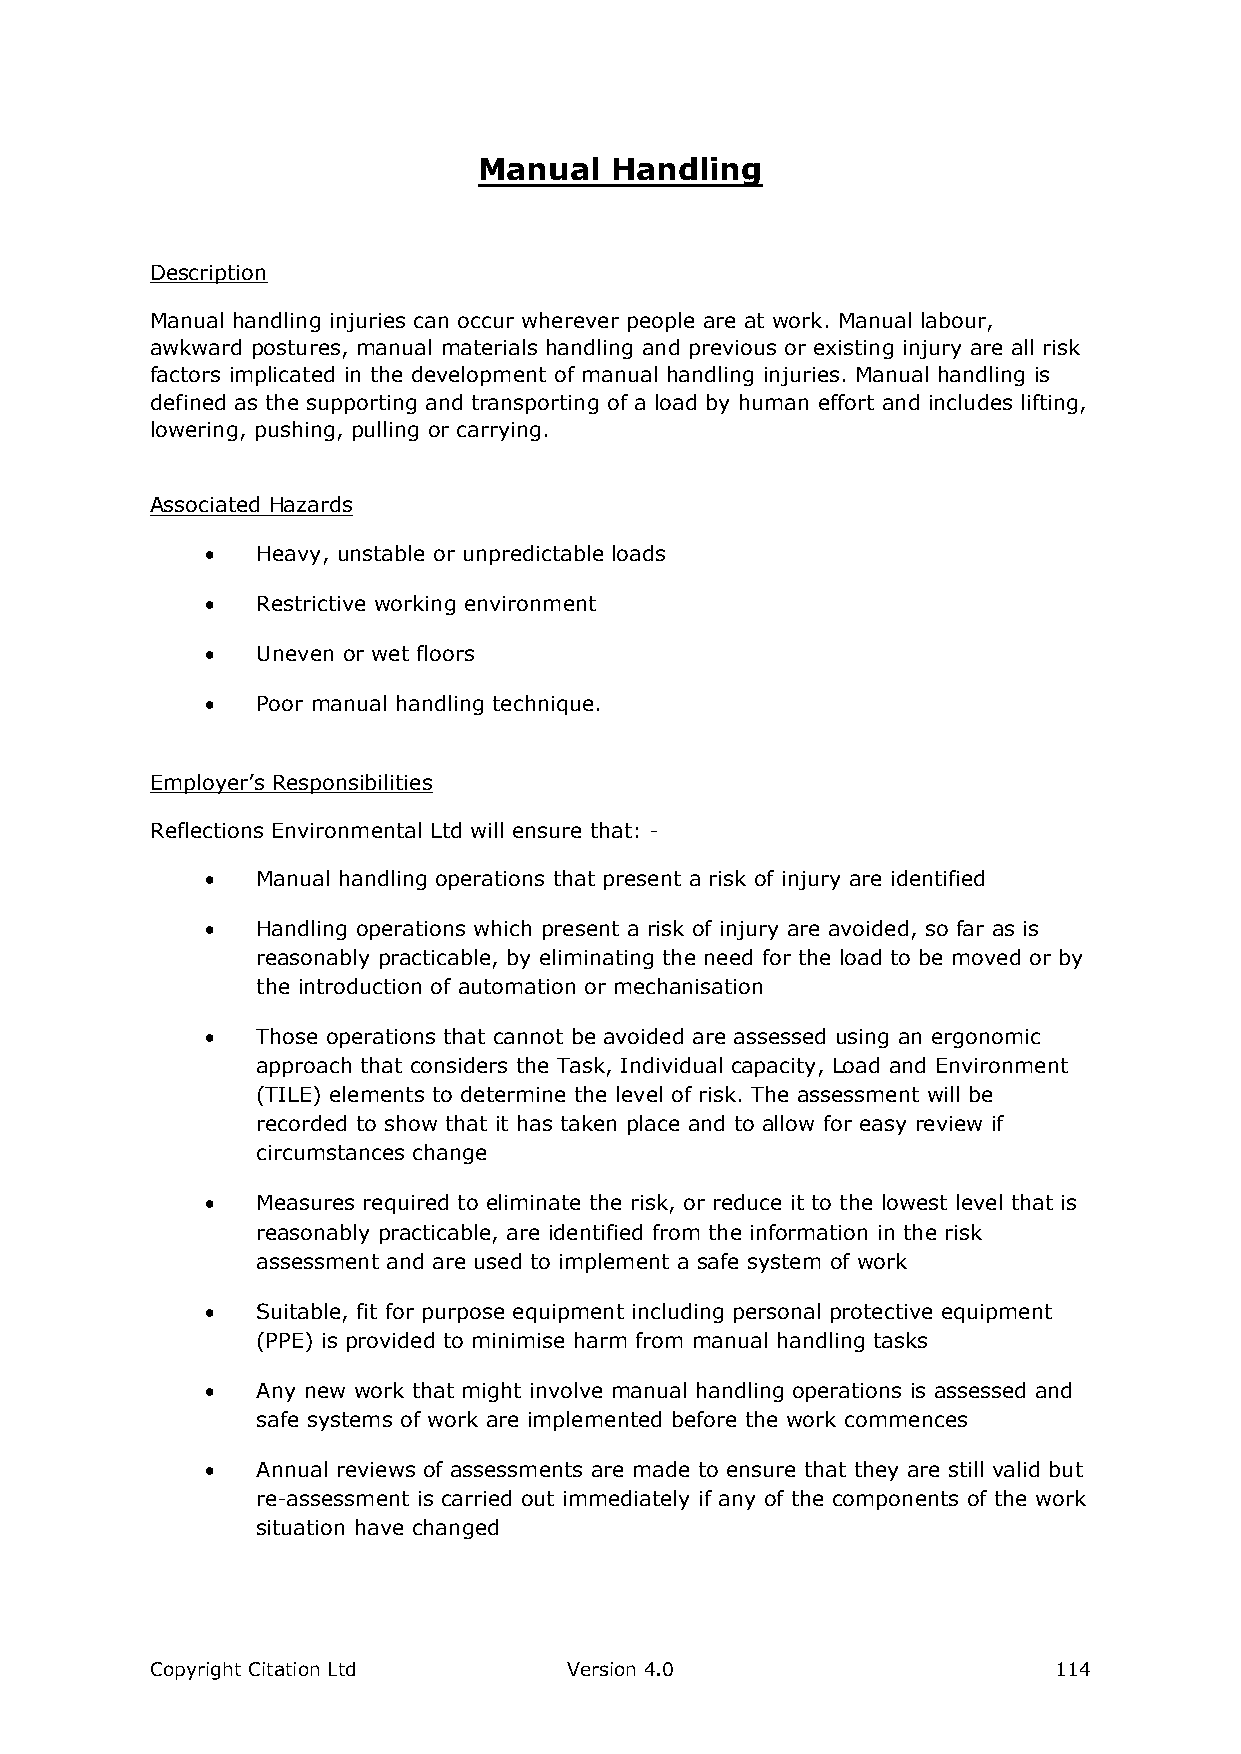
Manual  Handling
 Description
 Manual handling injuries can occur wherever people are at work. Manual labour,
 awkward postures, manual materials handling and previous or existing injury are all risk
 factors implicated in the development of manual handling injuries. Manual handling is
 defined as the supporting and transporting of a load by human effort and includes lifting,
 lowering, pushing, pulling or carrying.
 Associated Hazards
   Heavy, unstable or unpredictable loads
   Restrictive working environment
   Uneven or wet floors
   Poor manual handling technique.
 Employer’s Responsibilities
 Reflections Environmental Ltd will ensure that: -
   Manual handling operations that present a risk of injury are identified
   Handling operations which present a risk of injury are avoided, so far as is
 reasonably practicable, by eliminating the need for the load to be moved or by
 the introduction of automation or mechanisation
   Those operations that cannot be avoided are assessed using an ergonomic
 approach that considers the Task, Individual capacity, Load and Environment
 (TILE) elements to determine the level of risk. The assessment will be
 recorded to show that it has taken place and to allow for easy review if
 circumstances change
   Measures required to eliminate the risk, or reduce it to the lowest level that is
 reasonably practicable, are identified from the information in the risk
 assessment and are used to implement a safe system of work
   Suitable, fit for purpose equipment including personal protective equipment
 (PPE) is provided to minimise harm from manual handling tasks
   Any new work that might involve manual handling operations is assessed and
 safe systems of work are implemented before the work commences
   Annual reviews of assessments are made to ensure that they are still valid but
 re-assessment is carried out immediately if any of the components of the work
 situation have changed
 Copyright Citation Ltd      Version 4.0                     114